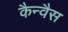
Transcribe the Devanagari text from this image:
कैन्वैस